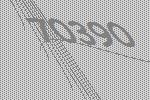
70390